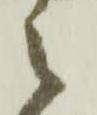
之